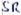
Text: SR